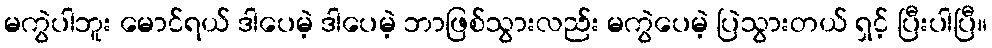
မကွဲပါဘူး မောင်ရယ် ဒါပေမဲ့ ဒါပေမဲ့ ဘာဖြစ်သွားလည်း မကွဲပေမဲ့ ပြဲသွားတယ် ရှင့် ပြီးပါပြီ။